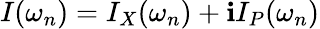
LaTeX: I(\omega_{n})=I_{X}(\omega_{n})+\mathbf{i}I_{P}(\omega_{n})